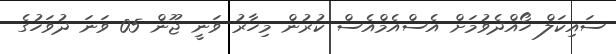
ސައިކަލް ހޯއްދެވުމަށް އެސްއެމްއެސް ކުރުން މިހާރު ވަނީ ޖޫން 05 ވަނަ ދުވަހުގެ